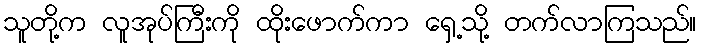
သူတို့က လူအုပ်ကြီးကို ထိုးဖောက်ကာ ရှေ့သို့ တက်လာကြသည်။